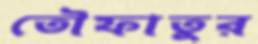
তৌফাতুর